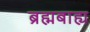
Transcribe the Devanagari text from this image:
ब्रह्मबाह्य